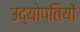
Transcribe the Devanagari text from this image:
उद्योपतियों